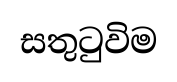
සතුටුවිම